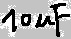
Text: 10µF